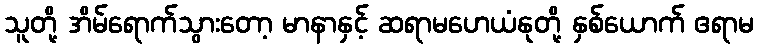
သူတို့ အိမ်ရောက်သွားတော့ မာနာနှင့် ဆရာမဟေယံနုတို့ နှစ်ယောက် ဧရာမ